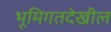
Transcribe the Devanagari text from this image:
भूमिगतदेखील